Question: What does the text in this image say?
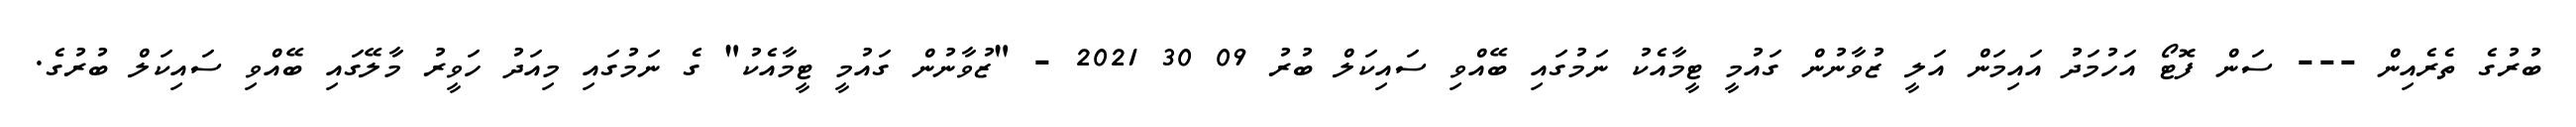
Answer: ބުރުގެ ތެރެއިން --- ސަން ފޮޓޯ އަހުމަދު އައިމަން އަލީ ޒުވާނުން ގައުމީ ޓީމާއެކު ނަމުގައި ބޭއްވި ސައިކަލް ބުރު 09 30 2021 - "ޒުވާނުން ގައުމީ ޓީމާއެކު" ގެ ނަމުގައި މިއަދު ހަވީރު މާލޭގައި ބޭއްވި ސައިކަލް ބުރުގެ.